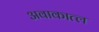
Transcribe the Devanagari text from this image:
अवाकात्ल